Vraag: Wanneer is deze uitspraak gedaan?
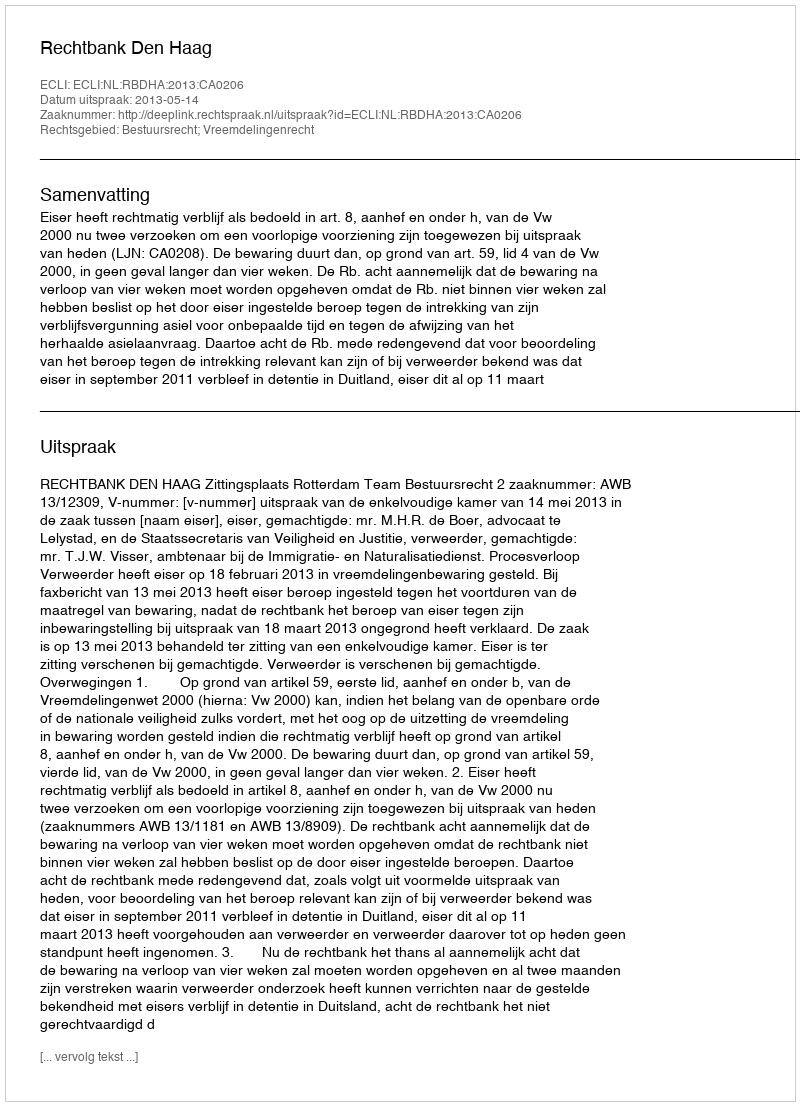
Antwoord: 2013-05-14